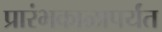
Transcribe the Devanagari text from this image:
प्रारंभकाळापर्यंत